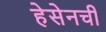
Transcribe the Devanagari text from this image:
हेसेनची